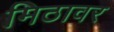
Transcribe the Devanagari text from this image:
मिठावर